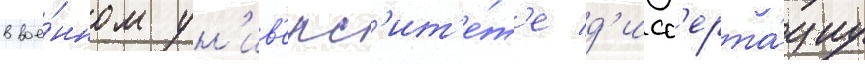
в вое́нном ун'ив'ерс'ит'е́т'е д'исс'ерта́циу